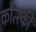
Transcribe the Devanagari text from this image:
कौत्स्की